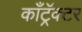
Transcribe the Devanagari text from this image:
काँट्रॅक्टर